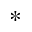
^ *